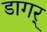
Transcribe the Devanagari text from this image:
डागर्